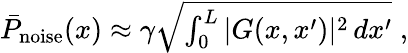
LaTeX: \begin{array}{r}{\bar{P}_{\mathrm{noise}}(x)\approx\gamma\sqrt{\int_{0}^{L}|G(x,x^{\prime})|^{2}\, dx^{\prime}}\; ,}\end{array}